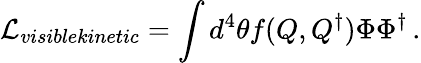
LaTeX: {\cal L}_{visiblekinetic}=\int d^{4}\theta f(Q,Q^{\dagger})\Phi\Phi^{\dagger}\, .